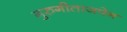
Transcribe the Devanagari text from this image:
गुरुगीताजपेन